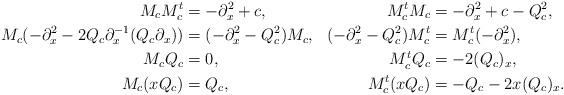
LaTeX: \begin{align*} M_cM_c^t&=-\partial_x^2+c,& M_c^tM_c&=-\partial_x^2+c-Q_c^2,\\ M_c(-\partial_x^2-2Q_c\partial_x^{-1}(Q_c\partial_x))&=(-\partial_x^2-Q_c^2)M_c,& (-\partial_x^2-Q_c^2)M_c^t&=M_c^t(-\partial_x^2),\\ M_cQ_c&=0,& M_c^tQ_c&=-2(Q_c)_x,\\ M_c(xQ_c)&=Q_c,& M_c^t(xQ_c)&=-Q_c-2x(Q_c)_x. \end{align*}